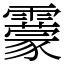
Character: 靀